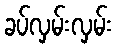
ခပ်လှမ်းလှမ်း